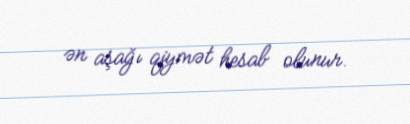
ən aşağı qiymət hesab olunur.